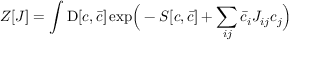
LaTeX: Z [ J ] = \int \mathrm { D } [ c , { \bar { c } } ] \exp \! { \Big ( } - S [ c , { \bar { c } } ] + \sum _ { i j } { \bar { c } } _ { i } J _ { i j } c _ { j } { \Big ) }